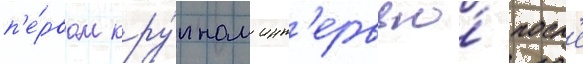
п'е́рвом кру́пном инт'ервью́ посл'е